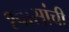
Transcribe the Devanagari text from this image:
श्वासांची